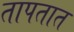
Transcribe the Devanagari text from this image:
तापतात